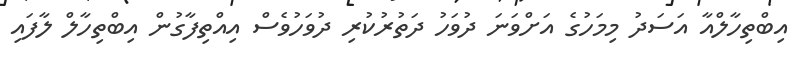
އިބްތިހާލްއާ އަސަދު މިމަހުގެ އަށްވަަނަ ދުވަހު ދަތުރުކުރި ދުވަހުވެސް އިއްތިފާގުން އިބްތިހާލް ލާފައި